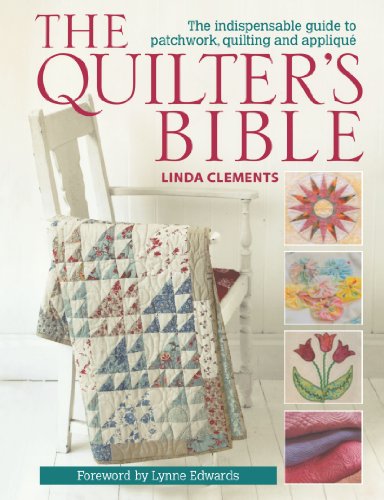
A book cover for The Quilter's Bible: The indespensable guide to patchwork, quilting, and applique; Linda Clements; Crafts, Hobbies & Home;